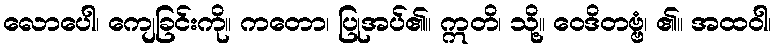
လောပေါ၊ ကျေခြင်းကို။ ကတော၊ ပြုအပ်၏။ ဣတိ၊ သို့။ ဝေဒိတဗ္ဗံ၊ ၏။ အထဝါ၊